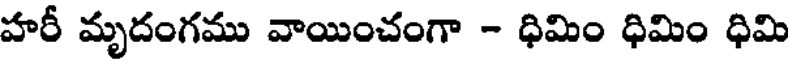
హరీ మృదంగము వాయించంగా - ధిమిం ధిమిం ధిమి